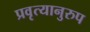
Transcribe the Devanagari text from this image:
प्रवृत्यानुरुप